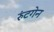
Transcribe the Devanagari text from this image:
रुंटगेन